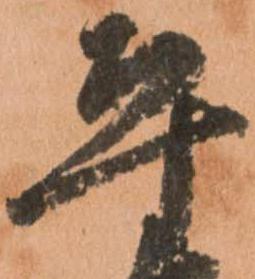
平